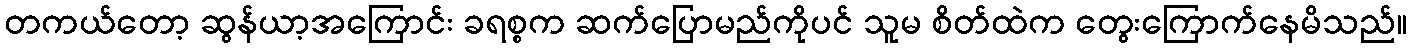
တကယ်တော့ ဆွန်ယာ့အကြောင်း ခရစ္စက ဆက်ပြောမည်ကိုပင် သူမ စိတ်ထဲက တွေးကြောက်နေမိသည်။